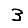
Digit: 3